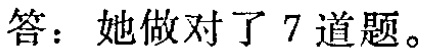
答：她做对了 7 道题。